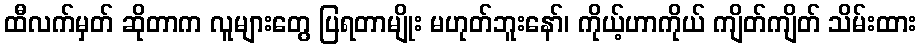
ထီလက်မှတ် ဆိုတာက လူများတွေ ပြရတာမျိုး မဟုတ်ဘူးနော်၊ ကိုယ့်ဟာကိုယ် ကျိတ်ကျိတ် သိမ်းထား